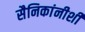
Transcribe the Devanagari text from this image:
सैनिकांनीशी